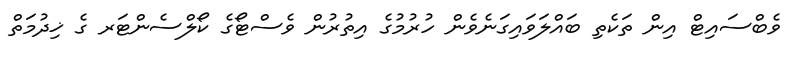
ވެބްސައިޓް އިން ތަކެތި ބައްލަވައިގަނެވެން ހުރުމުގެ އިތުރުން ވެސްޓޯގެ ކޯލްސެންޓަރ ގެ ޚިދުމަތް